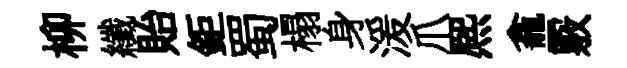
柳纖貽鉅蜀榻身湲爪熈龕覈